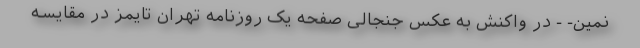
نمین- - در واکنش به عکس جنجالی صفحه یک روزنامه تهران تایمز در مقایسه